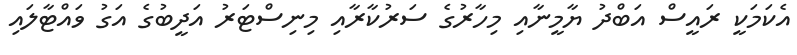
އެކަމަކީ ރައީސް އަބްދު ޔާމީނާއި މިހާރުގެ ސަރުކާރާއި މިނިސްޓަރު އަދީބުގެ އަގު ވައްޓާލައި